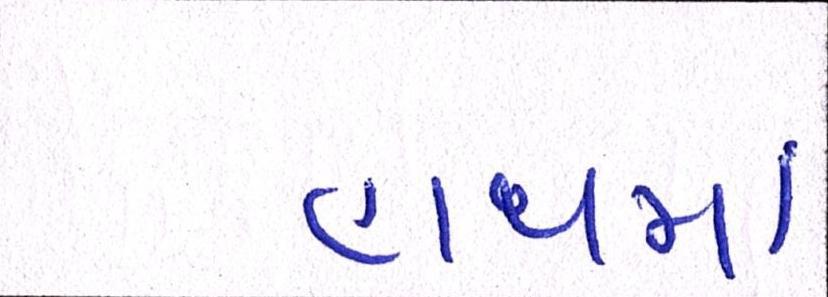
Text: હાથમાં